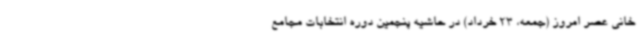
خانی عصر امروز (جمعه، 23 خرداد) در حاشیه پنجمین دوره انتخابات مجامع